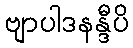
ဗျာပါဒနန္ဒီပိ